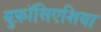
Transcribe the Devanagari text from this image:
युफ़ॉसिएशिया